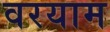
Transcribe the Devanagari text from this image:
वरयाम